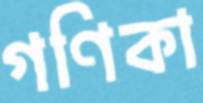
গণিকা